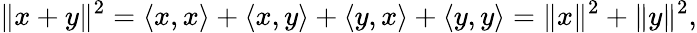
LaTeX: \| x+y\| ^{2}=\langle x,x\rangle+\langle x,y\rangle+\langle y,x\rangle+\langle y,y\rangle=\| x\| ^{2}+\| y\| ^{2},